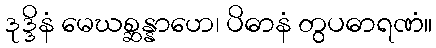
ဒုဒ္ဒိနံ မေဃစ္ဆန္နာဟေ၊ ပိဓာနံ တွပဓာရဏံ။